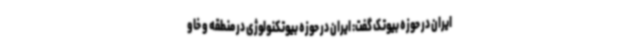
ایران در حوزه بیوتک گفت: ایران در حوزه بیوتکنولوژی در منطقه و خاو